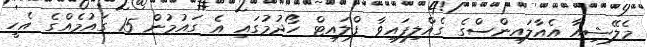
މެލޭޝިއާ އެއާލައިންސްގެ ގެއްލިފައިވާ ފްލައިޓް ހޯދުމުގައި އެ ގައުމުން 15 ގައުމެއްގެ އެހީ